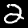
Label: 2